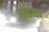
કાદાન